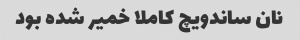
نان ساندویچ کاملا خمیر شده بود